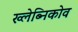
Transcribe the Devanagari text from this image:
ख्लेब्निकोव